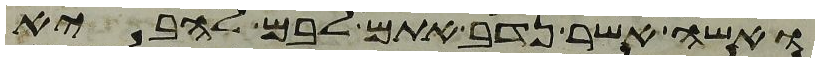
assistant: ואשה אשר נדב אתם לבם להביא